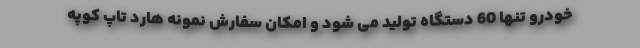
خودرو تنها 60 دستگاه تولید می شود و امکان سفارش نمونه هارد تاپ کوپه